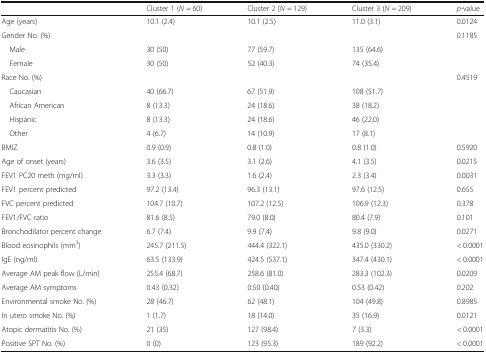
<table><thead><tr><td></td><td><b>Cluster 1 (<i>N</i> = 60)</b></td><td><b>Cluster 2 (<i>N</i> = 129)</b></td><td><b>Cluster 3 (<i>N</i> = 209)</b></td><td><b><i>p</i>-value</b></td></tr></thead><tbody><tr><td>Age (years)</td><td>10.1 (2.4)</td><td>10.1 (2.5)</td><td>11.0 (3.1)</td><td>0.0124</td></tr><tr><td>Gender No. (%)</td><td></td><td></td><td></td><td>0.1185</td></tr><tr><td> Male</td><td>30 (50)</td><td>77 (59.7)</td><td>135 (64.6)</td><td></td></tr><tr><td> Female</td><td>30 (50)</td><td>52 (40.3)</td><td>74 (35.4)</td><td></td></tr><tr><td>Race No. (%)</td><td></td><td></td><td></td><td>0.4519</td></tr><tr><td> Caucasian</td><td>40 (66.7)</td><td>67 (51.9)</td><td>108 (51.7)</td><td></td></tr><tr><td> African American</td><td>8 (13.3)</td><td>24 (18.6)</td><td>38 (18.2)</td><td></td></tr><tr><td> Hispanic</td><td>8 (13.3)</td><td>24 (18.6)</td><td>46 (22.0)</td><td></td></tr><tr><td> Other</td><td>4 (6.7)</td><td>14 (10.9)</td><td>17 (8.1)</td><td></td></tr><tr><td>BMIZ</td><td>0.9 (0.9)</td><td>0.8 (1.0)</td><td>0.8 (1.0)</td><td>0.5920</td></tr><tr><td>Age of onset (years)</td><td>3.6 (3.5)</td><td>3.1 (2.6)</td><td>4.1 (3.5)</td><td>0.0215</td></tr><tr><td>FEV1 PC20 meth (mg/ml)</td><td>3.3 (3.3)</td><td>1.6 (2.4)</td><td>2.3 (3.4)</td><td>0.0031</td></tr><tr><td>FEV1 percent predicted</td><td>97.2 (13.4)</td><td>96.3 (13.1)</td><td>97.6 (12.5)</td><td>0.655</td></tr><tr><td>FVC percent predicted</td><td>104.7 (10.7)</td><td>107.2 (12.5)</td><td>106.9 (12.3)</td><td>0.378</td></tr><tr><td>FEV1/FVC ratio</td><td>81.6 (8.5)</td><td>79.0 (8.0)</td><td>80.4 (7.9)</td><td>0.101</td></tr><tr><td>Bronchodilator percent change</td><td>6.7 (7.4)</td><td>9.9 (7.4)</td><td>9.8 (9.0)</td><td>0.0271</td></tr><tr><td>Blood eosinophils (mm<sup>3</sup>)</td><td>245.7 (211.5)</td><td>444.4 (322.1)</td><td>435.0 (330.2)</td><td>&lt; 0.0001</td></tr><tr><td>IgE (ng/ml)</td><td>63.5 (133.9)</td><td>424.5 (537.1)</td><td>347.4 (430.1)</td><td>&lt; 0.0001</td></tr><tr><td>Average AM peak flow (L/min)</td><td>255.4 (68.7)</td><td>258.6 (81.0)</td><td>283.3 (102.3)</td><td>0.0209</td></tr><tr><td>Average AM symptoms</td><td>0.43 (0.32)</td><td>0.50 (0.40)</td><td>0.53 (0.42)</td><td>0.202</td></tr><tr><td>Environmental smoke No. (%)</td><td>28 (46.7)</td><td>62 (48.1)</td><td>104 (49.8)</td><td>0.8985</td></tr><tr><td>In utero smoke No. (%)</td><td>1 (1.7)</td><td>18 (14.0)</td><td>35 (16.9)</td><td>0.0121</td></tr><tr><td>Atopic dermatitis No. (%)</td><td>21 (35)</td><td>127 (98.4)</td><td>7 (3.3)</td><td>&lt; 0.0001</td></tr><tr><td>Positive SPT No. (%)</td><td>0 (0)</td><td>123 (95.3)</td><td>189 (92.2)</td><td>&lt; 0.0001</td></tr></tbody></table>